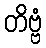
တိဗ္ဗံ